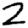
Digit: 2